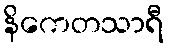
နိကေတသာရီ